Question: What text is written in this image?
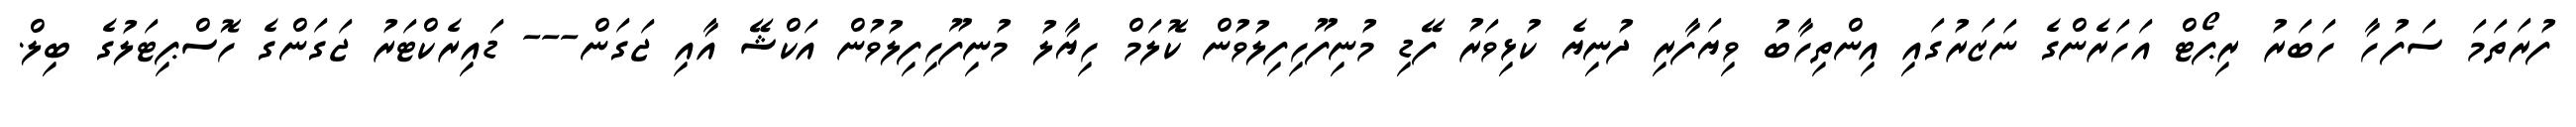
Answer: ފުރަތަމަ ސަފުހާ ހަބަރު ރިޕޯޓް އަހަރެންގެ ނަޒަރުގައި އިންތިހާބު ވިޔަފާރި ދުނިޔެ ކުޅިވަރު ފޭޑި މުނިފޫހިފިލުވުން ކޮލަމް ހިޔާލު މުނިފޫހިފިލުވުން އަކްޝޭ އާއި ޖަގަން--- ޑައިރެކްޓަރު ޖަގަންގެ ހޮސްޕިޓަލުގެ ބިލް.